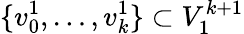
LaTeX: \{ v_{0}^{1},\ldots,v_{k}^{1}\} \subset V_{1}^{k+1}